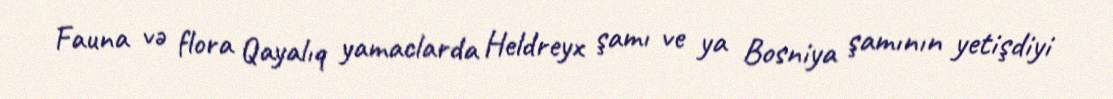
Fauna və flora Qayalıq yamaclarda Heldreyx şamı ve ya Bosniya şamının yetişdiyi